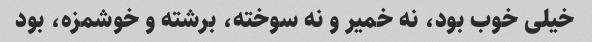
خیلی خوب بود، نه خمیر و نه سوخته، برشته و خوشمزه، بود